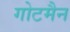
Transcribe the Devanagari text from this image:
गोटमैन